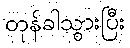
တုန်ခါသွားပြီး